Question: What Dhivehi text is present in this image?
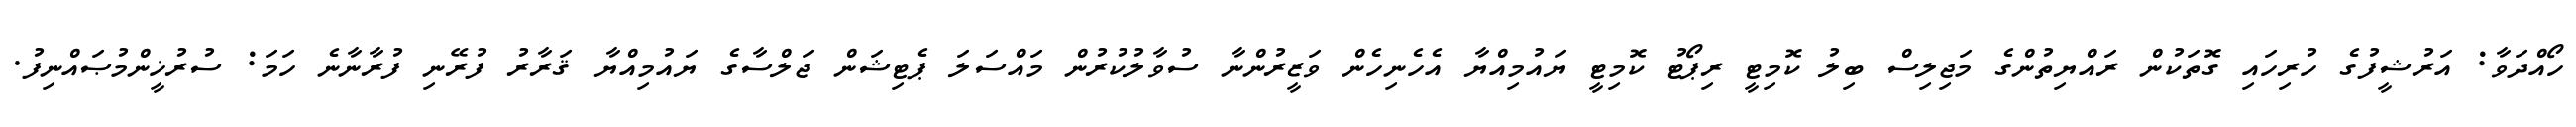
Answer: ހޯއްދަވާ: އަރުޝީފުގެ ހުރިހައި ގޮތަކުން ރައްޔިތުންގެ މަޖިލިސް ބިލު ކޮމިޓީ ރިޕޯޓު ކޮމިޓީ ޔައުމިއްޔާ އެހެނިހެން ވަޒީރުންނާ ސުވާލުކުރުން މައްސަލަ ޕެޓިޝަން ޖަލްސާގެ ޔައުމިއްޔާ ޤަރާރު ފުރޭނި ފުރާނާނެ ހަމަ: ސުރުޚީންމުޞައްނިފު.